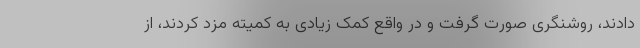
دادند، روشنگری صورت گرفت و در واقع کمک زیادی به کمیته مزد کردند، از